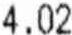
4.02